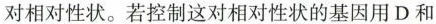
对相对性状。若控制这对相对性状的基因用D和